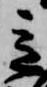
意